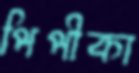
পিপীকা